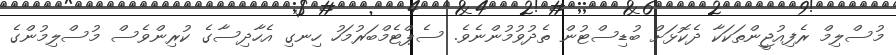
މުސްލިމް ރެފިއުޖީންތަކަކާ ދެކޮޅަށް ބުޑިސްޓުން ތެދުވުމުންނެވެ. ސެޕްޓެމްބަރުމަހު ހިނގި އެހާދިސާގެ ކުރިންވެެސް މުސްލިމުންގެ